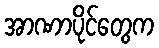
အာဏာပိုင်တွေက